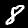
Digit: 8